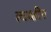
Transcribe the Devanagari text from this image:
त्वक्षीर